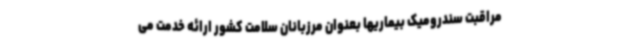
مراقبت سندرومیک بیماریها بعنوان مرزبانان سلامت کشور ارائه خدمت می